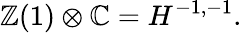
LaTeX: \mathbb{Z}(1)\otimes\mathbb{C}=H^{-1,-1}.